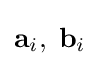
{\mathbf {a} }_{i},\;{\mathbf {b} }_{i}